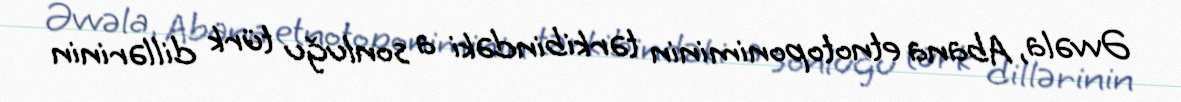
Əvvəla, Abana etnotoponiminin tərkibindəki a sonluğu türk dillərinin